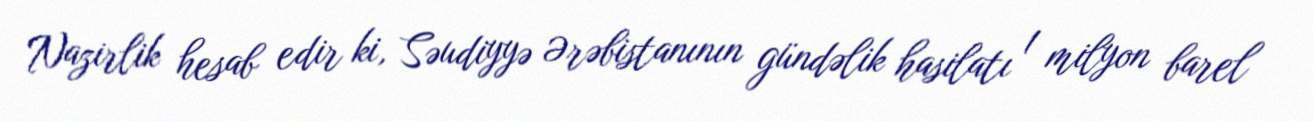
Nazirlik hesab edir ki, Səudiyyə Ərəbistanının gündəlik hasilatı 1 milyon barel